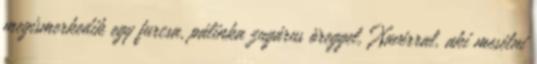
megismerkedik egy furcsa, pálinka zugárus öreggel, Xavérral, aki mesélni